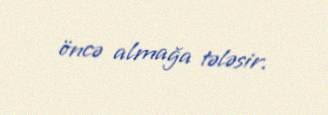
öncə almağa tələsir.